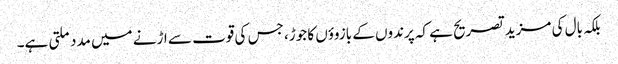
بلکہ بال کی مزید تصریح ہے کہ پرندوں کے بازوؤں کا جوڑ، جس کی قوت سے اڑنے میں مدد ملتی ہے۔